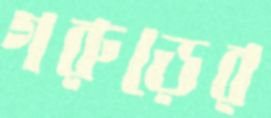
গরুড়ের